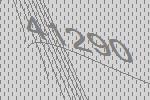
41290